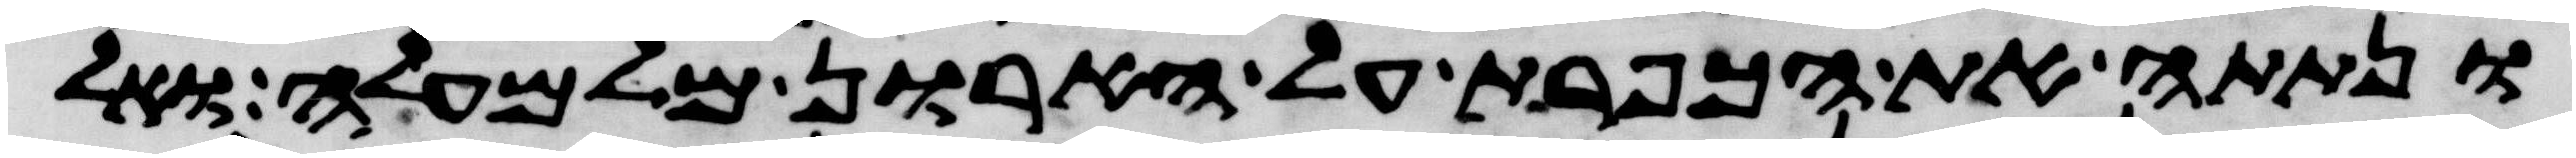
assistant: ונתתה את הכפרת על הארון מלמעלה ואל